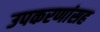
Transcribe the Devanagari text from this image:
उपकरणांसह